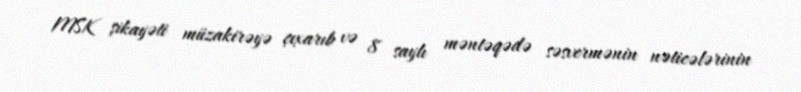
MSK şikayəti müzakirəyə çıxarıb və 8 saylı məntəqədə səsvermənin nəticələrinin